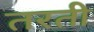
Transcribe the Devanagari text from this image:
तरती